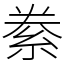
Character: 絭